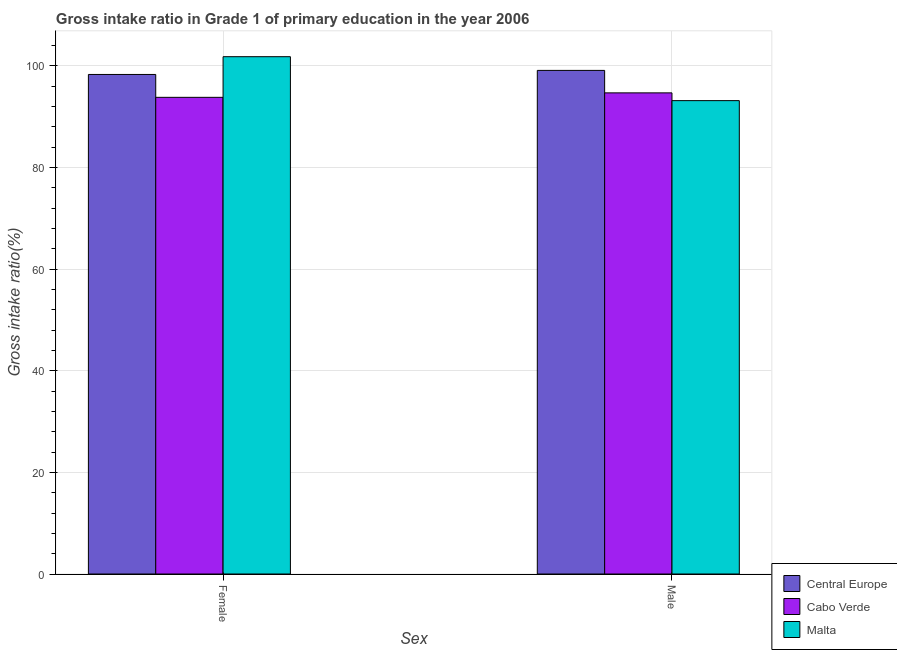
| Sex | Central Europe | Cabo Verde | Malta |
 | --- | --- | --- | --- |
 | Female | 98.3 | 93.8 | 102 |
 | Male | 99.1 | 94.7 | 93.1 |